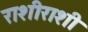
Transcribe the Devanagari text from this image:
राशीराशी